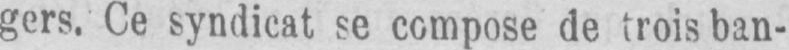
gers. Ce syndicat se compose de trois ban-